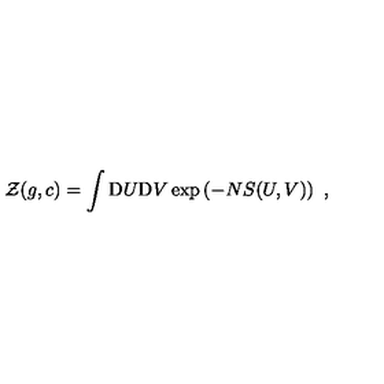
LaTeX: { \cal Z } ( g , c ) = \int \mathrm { D } U \mathrm { D } V \exp \left( - N S ( U , V ) \right) \ ,